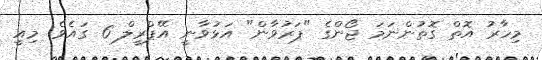
މިހާރު އޮތް ގޮތުންނަމަ ޖޯންގެ "ޕަރުވާން" އަޅުވާނީ އޭޕްރީލް 6 ގައެވެ. މިއީ